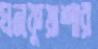
ঘনকুয়াশার